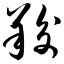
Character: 羧